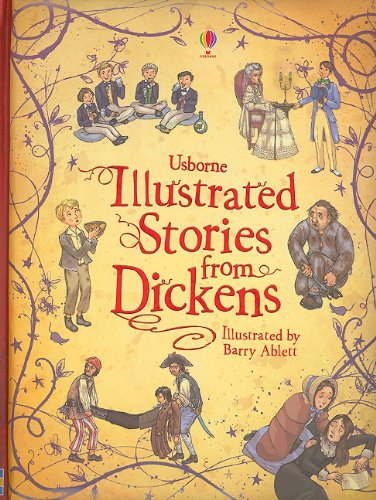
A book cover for Usborne Illustrated Stories from Dickens; Children's Books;